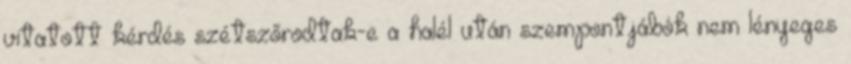
vitatott kérdés szétszőrodtak-e a halél után szempontjábók nem lényeges